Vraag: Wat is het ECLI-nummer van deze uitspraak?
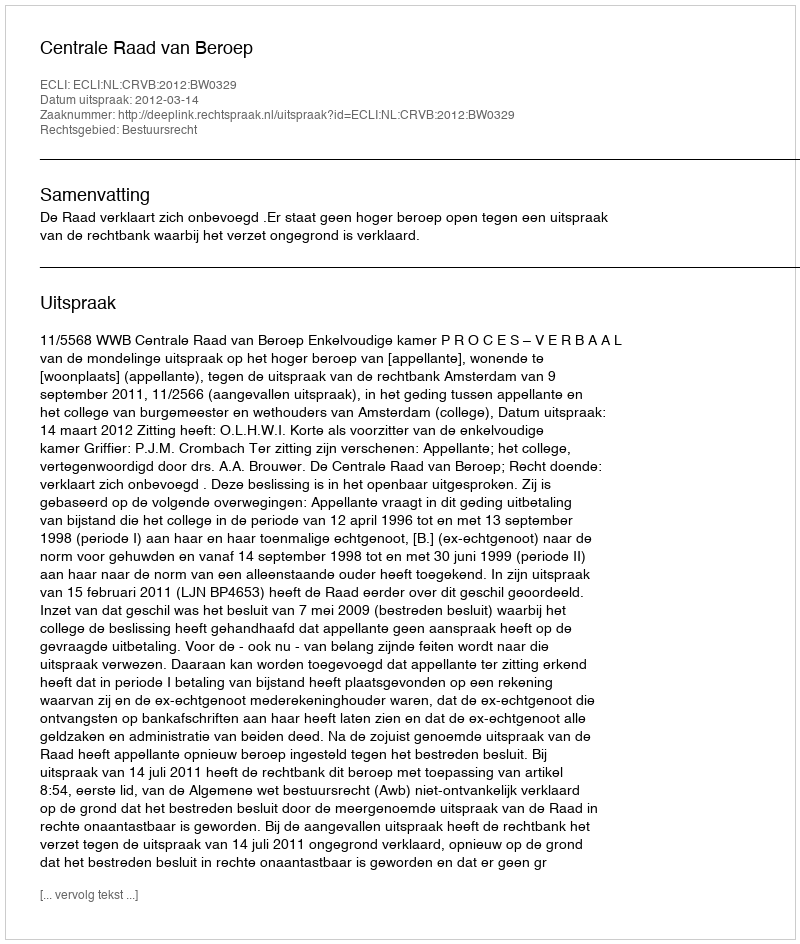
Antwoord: ECLI:NL:CRVB:2012:BW0329